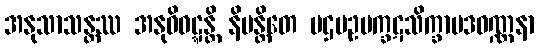
အနုသာသန္တဿ အနုဝိဝဋ္ဋန္တိ နိမန္တိတေ ပဌမဥပက္ခဋသိက္ခာပဒဝဏ္ဏနာ